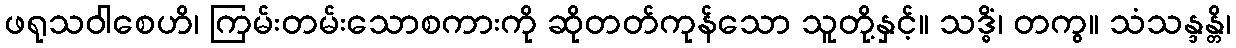
ဖရုသဝါစေဟိ၊ ကြမ်းတမ်းသောစကားကို ဆိုတတ်ကုန်သော သူတို့နှင့်။ သဒ္ဓိံ၊ တကွ။ သံသန္ဒန္တိ၊